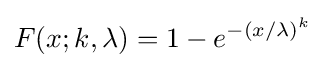
F(x;k,\lambda )=1-e^{-(x/\lambda )^{k}}